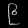
Digit: ၉